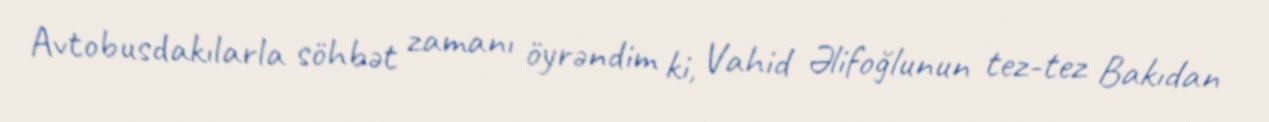
Avtobusdakılarla söhbət zamanı öyrəndim ki, Vahid Əlifoğlunun tez-tez Bakıdan